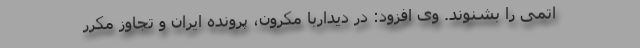
اتمی را بشنوند. وی افزود: در دیداربا مکرون، پرونده ایران و تجاوز مکرر